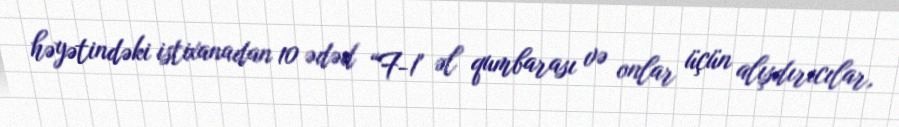
həyətindəki istixanadan 10 ədəd “F-1" əl qumbarası və onlar üçün alışdırıcılar,